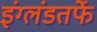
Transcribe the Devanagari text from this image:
इंग्लंडतर्फे